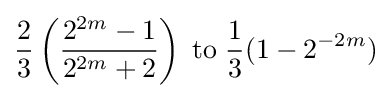
{\frac {2}{3}}\left({\frac {2^{2m}-1}{2^{2m}+2}}\right)\;\mathrm {to} \;{\frac {1}{3}}(1-2^{-2m})